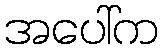
အပေါ်က